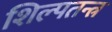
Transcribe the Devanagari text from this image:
शिल्पतन्त्र